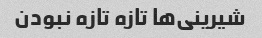
شیرینی‌ها تازه تازه نبودن